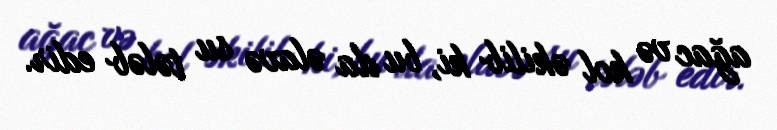
ağac və kol əkilib ki, bu da əlavə su tələb edir.